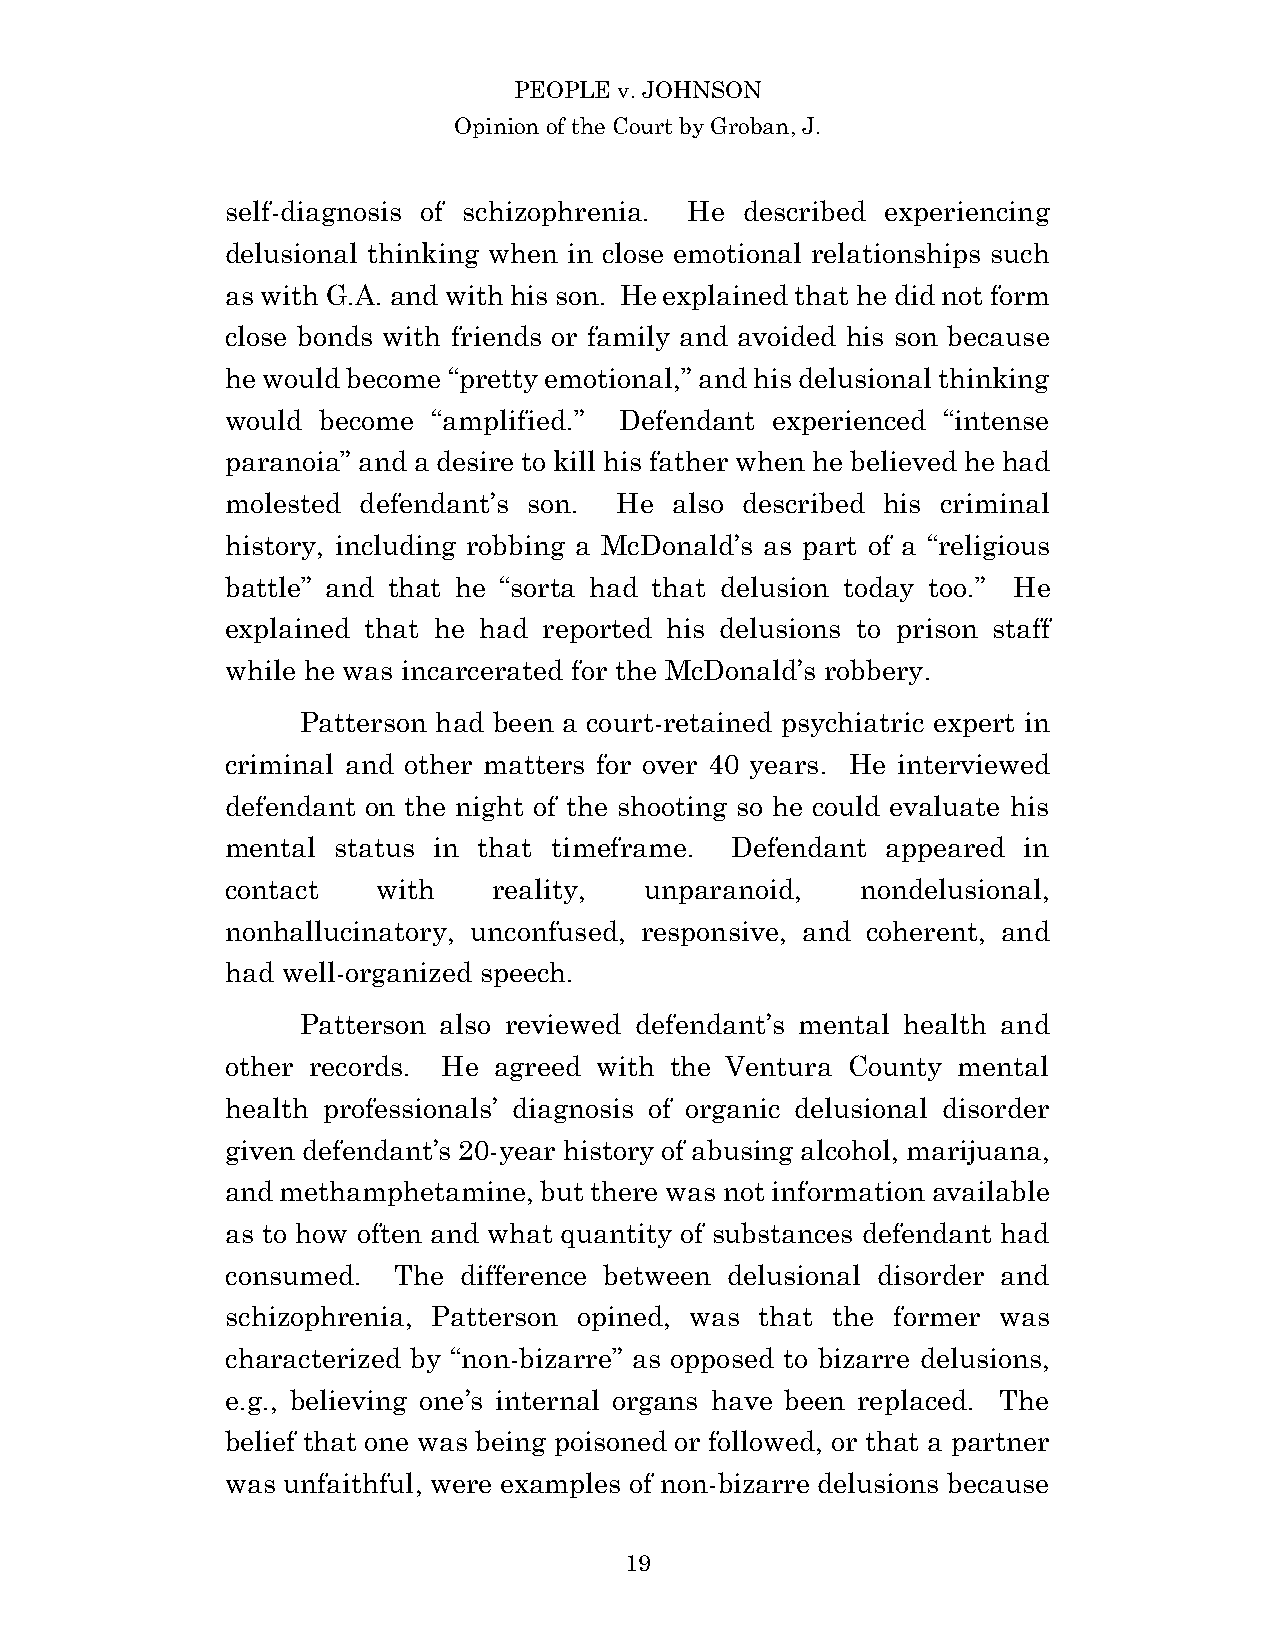
PEOPLE v. JOHNSON
 Opinion of the Court by Groban, J.
 self-diagnosis of schizophrenia. He described experiencing
 delusional thinking when in close emotional relationships such
 as with G.A. and with his son. He explained that he did not form
 close bonds with friends or family and avoided his son because
 he would become “pretty emotional,” and his delusional thinking
 would become  “amplified.” Defendant experienced “intense
 paranoia” and a desire to kill his father when he believed he had
 molested defendant’s son. He  also described his criminal
 history, including robbing a McDonald’s as part of a “religious
 battle” and that he “sorta had that delusion today too.” He
 explained that he had reported his delusions to prison staff
 while he was incarcerated for the McDonald’s robbery.
 Patterson had been a court-retained psychiatric expert in
 criminal and other matters for over 40 years. He interviewed
 defendant on the night of the shooting so he could evaluate his
 mental status in that timeframe. Defendant  appeared in
 contact   with    reality,  unparanoid,   nondelusional,
 nonhallucinatory, unconfused, responsive, and coherent, and
 had well-organized speech.
 Patterson also reviewed defendant’s mental health and
 other records. He agreed with the Ventura County mental
 health professionals’ diagnosis of organic delusional disorder
 given defendant’s 20-year history of abusing alcohol, marijuana,
 and methamphetamine, but there was not information available
 as to how often and what quantity of substances defendant had
 consumed.  The difference between delusional disorder and
 schizophrenia, Patterson opined, was that the former was
 characterized by “non-bizarre” as opposed to bizarre delusions,
 e.g., believing one’s internal organs have been replaced. The
 belief that one was being poisoned or followed, or that a partner
 was unfaithful, were examples of non-bizarre delusions because
 1 9